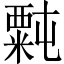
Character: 𫃉